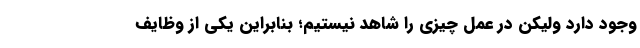
وجود دارد ولیکن در عمل چیزی را شاهد نیستیم؛ بنابراین یکی از وظایف